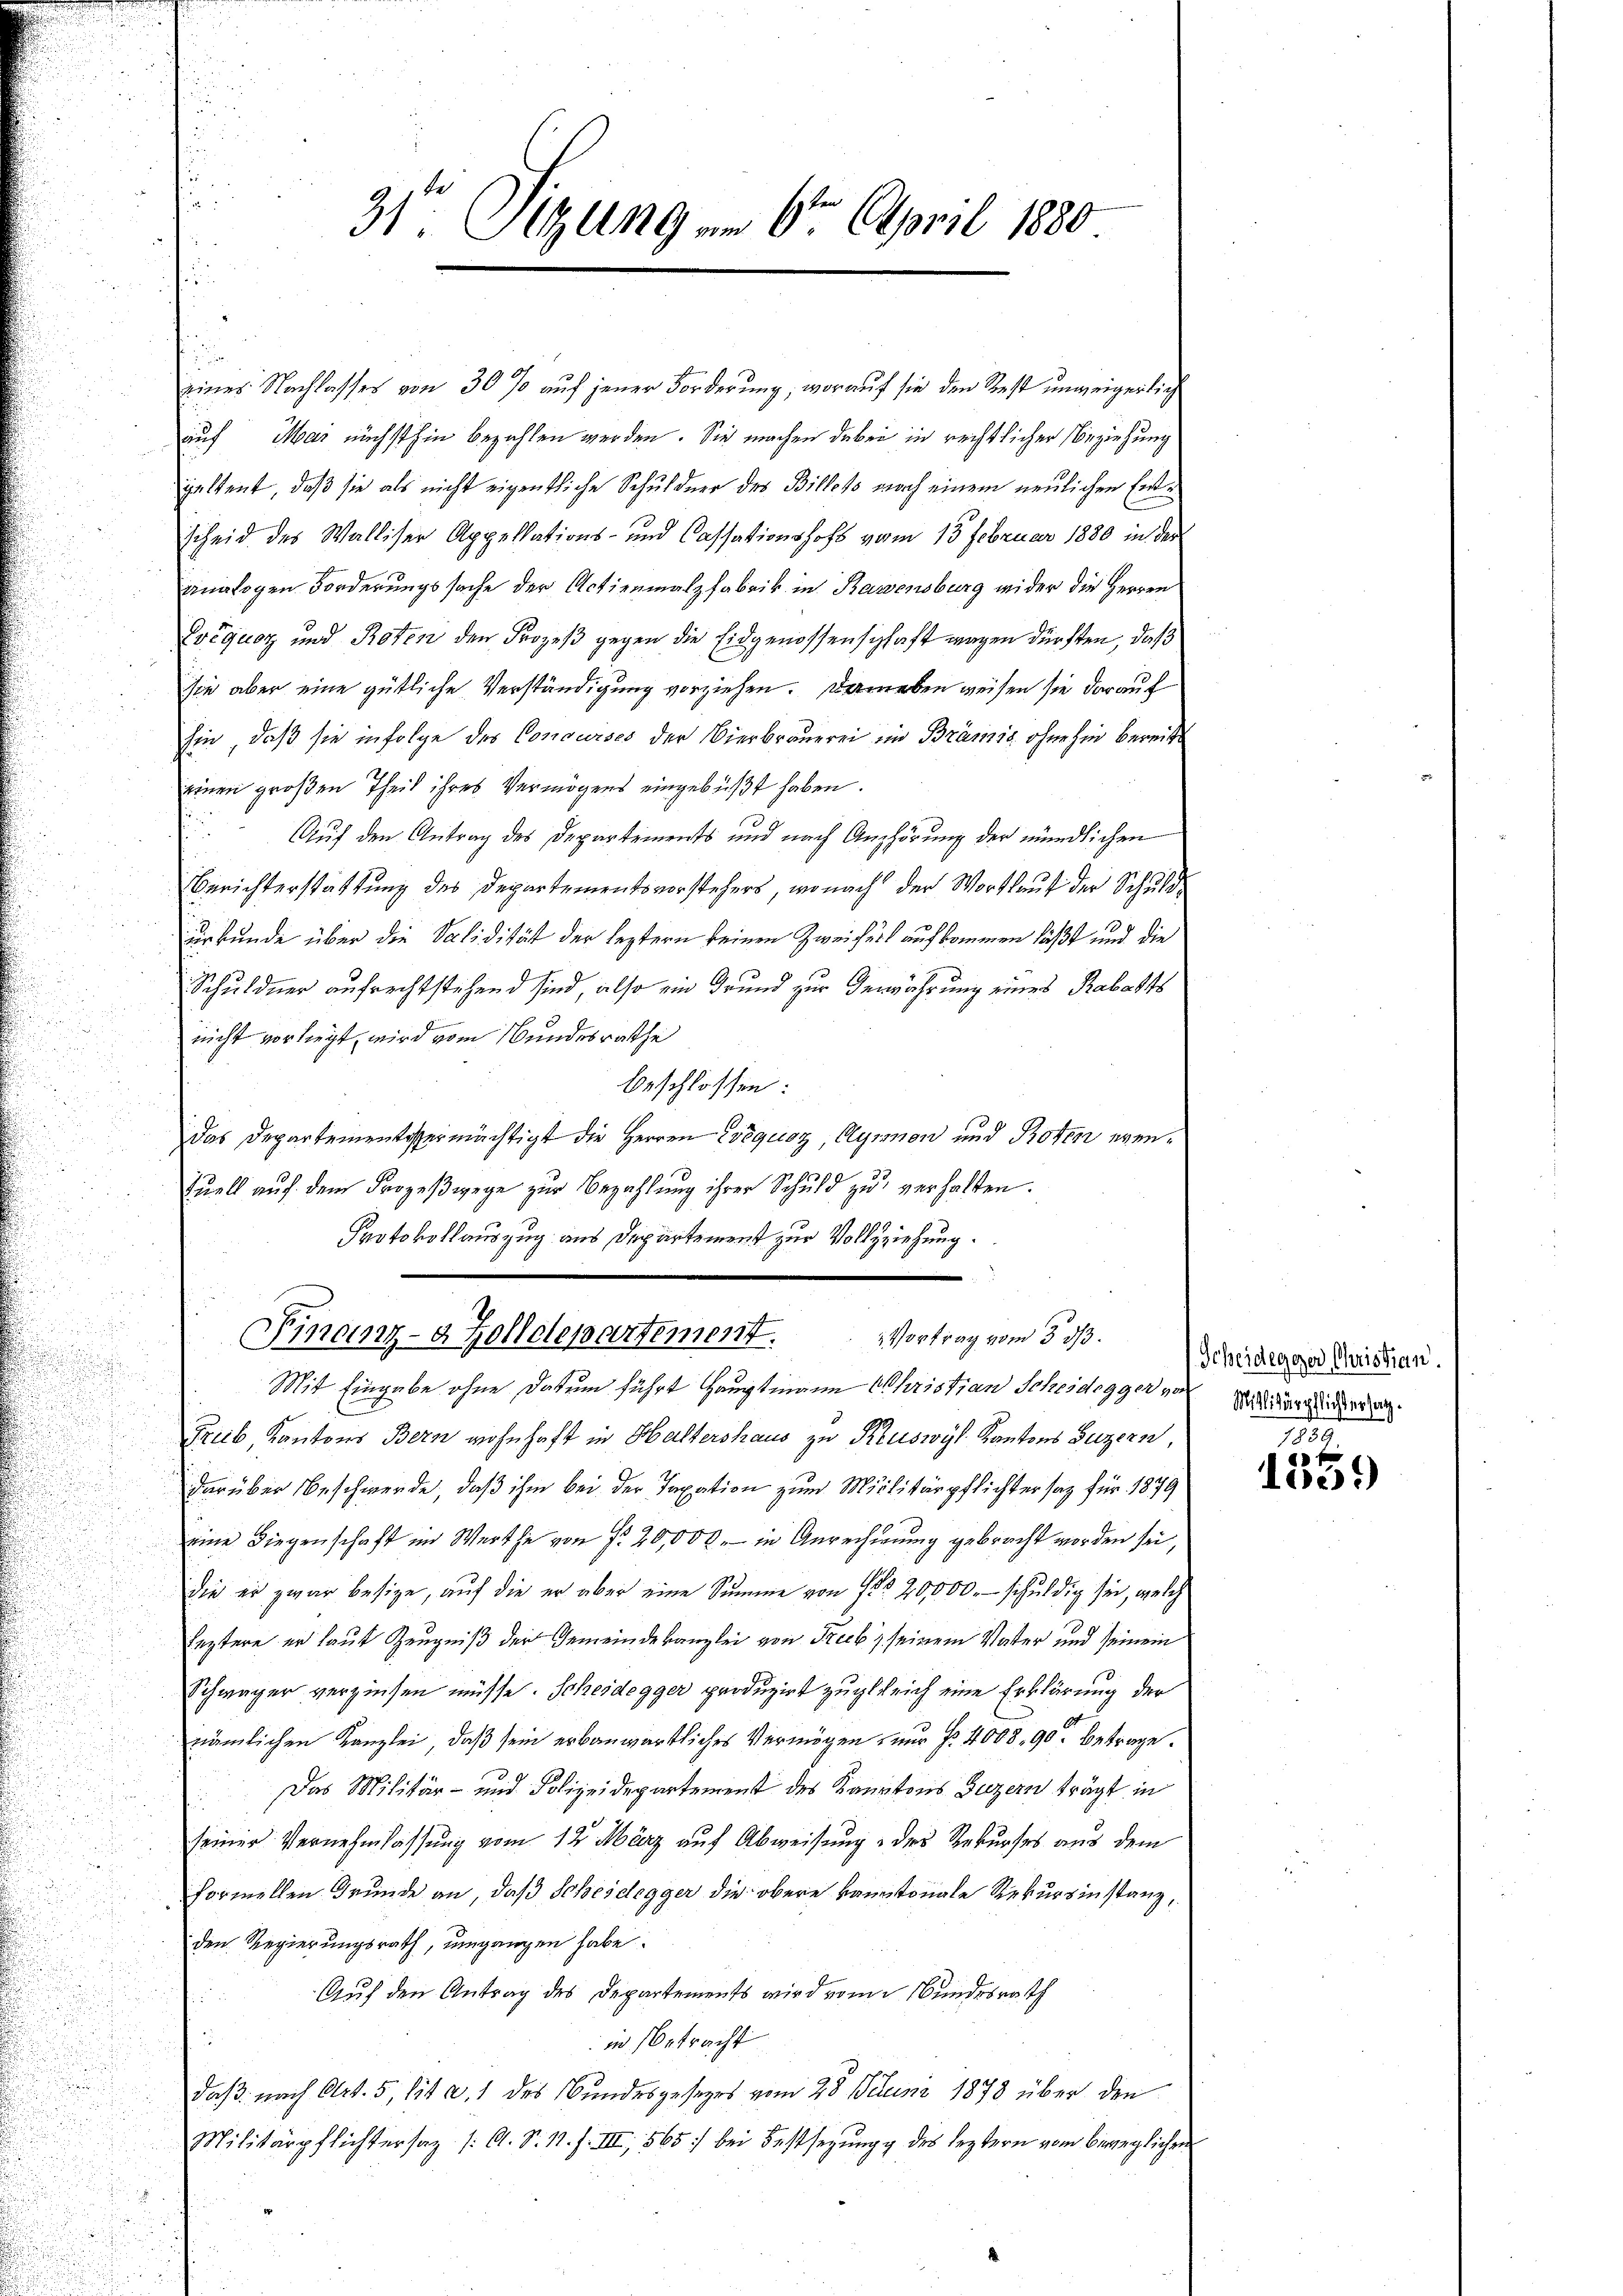
31te Sitzung am 6ten April 1880

eines Nachlasses von 30 % auf jener Forderung, worauf sie den Rest unweigerlich
auf Mar nächsthin bezahlen werden. Sie machen dabei in rechtlicher Beziehung
paltent, daß sie als nicht eigentliche Schuldner des Billets nach einem neulichen Einscheid des Walliser Appellations- und Cassationshofs vom 13. Februar 1880 in der
analogen Forderungssache der Actienmalzfabrik in Barensburg wider die Herren
équer und Roten den Prozeß gegen die Eidgenossenschaft wegen dürften, daß
sie aber eine gütliche Verständigung vorziehen. Daneben weisen sie darauf
hin, daß sie infolge des Concurses der Vierbrauerei im Branzis, ohne hin bereit
einen großen Theil ihres Vermögens eingebüßt haben.
Auf den Antrag des Departements und nach Anhörung der mündlichen
Berichterstattung des Departementsvorstehers, wonach der Wortlauf der Schuldurkunde über die Solidität der leztern keinen Zweifers aufkommen läßt und die
Schuldner aufrechtstehend sind, also ein Grund zur Verwahrung eines Rabatts
nicht vorliegt, wird vom Bundesrathe
beschlossen:
Das Departementsermächtigt die Herren Coquoz, Aymon und Roten even¬
Qŭell aŭf dem Prozeβwege zur Bezahlŭng ihrer Schuld zŭ verhalten.
Protokollauszug aus Departement zur Vollziehung.

Finanz-a Zolldepartement. Vortrag vom 30/3.

Mit Eingabe ohne Datum führt hauptmann Christian Scheidegger von
Greb Kantons Bern wohnhaft in Haltershaus zu Ruswyl Kantons Luzern,
darüber Beschwerde, daß ihm bei der Taxation zum Militärpflichter sag für 1879
eine Liegenschaft im Werthe von fr. 20,000. in Anrechnung gebracht worden sei,
die er zwar besize, auf die er aber eine Summe von 1 § 20,000. - schuldig sei, welche
leztere er laut Zeugniß der Gemeindekanzlei von Frecki seinem Vater und seinem
Schwäger verzinsen müsse. Scheidegger produzirt zugleich eine Erklärung der
nämlichen Kanzlei, daß sein erbauwörtliches Vermögen nur Fr. 4008, 90 betrage.
Das Militär- und Polizeidepartement des Kantons Luzern trägt in
seiner Vernehmlassung vom 12. März auf Abweisung des Rekurses aus dem
formellen Grunde an, daß Scheidegger die obere kantonale Rekursinstanz,
den Regierungsrath, umgangen habe.
Auf den Antrag des Departements wird vom Bundesrath

in Betracht
daß nach Art. 5, lit. a. 1 des Bundesgesezes vom 28. Juni 1878 über den
Militärpflichtersaz /: A. S. N. F. III, 565) bei Festsezung des leztern vom beweglichen

Scheidegger Christian.
.

1859
e
101)